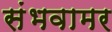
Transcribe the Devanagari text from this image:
संभवामर